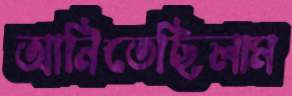
আনিতেছিলাম